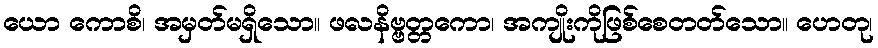
ယော ကောစိ၊ အမှတ်မရှိသော။ ဖလနိဗ္ဗတ္တကော၊ အကျိုးကိုဖြစ်စေတတ်သော။ ဟေတု၊